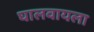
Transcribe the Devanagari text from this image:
घालवायला